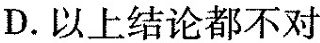
D.以上结论都不对